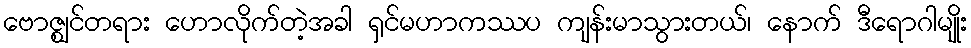
ဗောဇ္ဈင်တရား ဟောလိုက်တဲ့အခါ ရှင်မဟာကဿပ ကျန်းမာသွားတယ်၊ နောက် ဒီရောဂါမျိုး